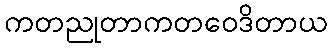
ကတညုတာကတဝေဒိတာယ